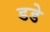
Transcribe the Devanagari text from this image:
डडे